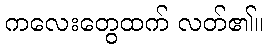
ကလေးတွေထက် လတ်၏။